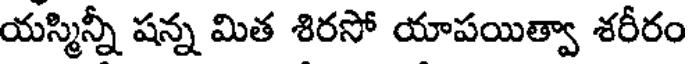
యస్మిన్నీ షన్న మిత శిరసో యాపయిత్వా శరీరం